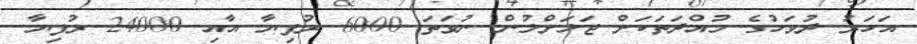
އަހަރު ދުވަހުގެ މުއްދަތަކަށް ޖަލަށްލުން ނުވަތަ 6000 ރުފިޔާ އާއި 24000 ރުފިޔާ